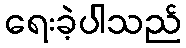
ရေးခဲ့ပါသည်